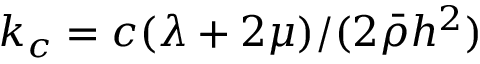
k _ { c } = c ( \lambda + 2 \mu ) / ( 2 \bar { \rho } h ^ { 2 } )